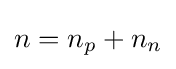
n=n_{p}+n_{n}